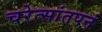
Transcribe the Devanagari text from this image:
चरेत्सांतपनं